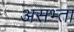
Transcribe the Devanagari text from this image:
असभ्ता